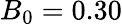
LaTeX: B_{0}=0.30